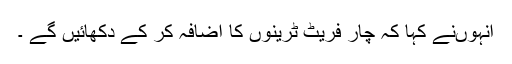
انہوںنے کہا کہ چار فریٹ ٹرینوں کا اضافہ کر کے دکھائیں گے ۔